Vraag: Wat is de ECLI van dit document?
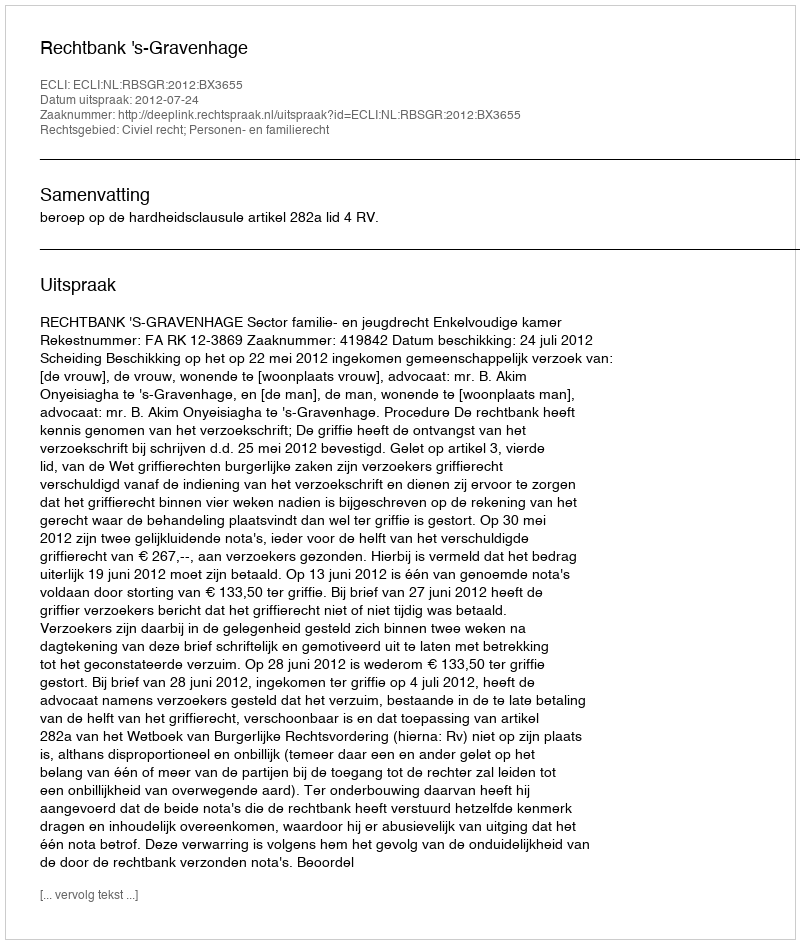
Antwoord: ECLI:NL:RBSGR:2012:BX3655